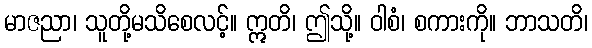
မာဇညာ၊ သူတို့မသိစေလင့်။ ဣတိ၊ ဤသို့။ ဝါစံ၊ စကားကို။ ဘာသတိ၊